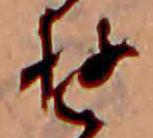
ゆ